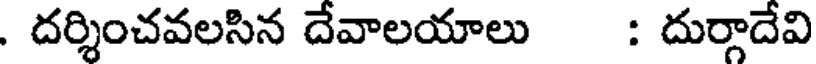
. దర్శించవలసిన దేవాలయాలు : దుర్గాదేవి